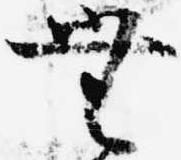
無